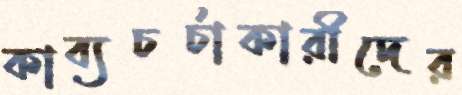
কাব্যচর্চাকারীদের